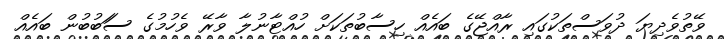
ވޭތުވެދިޔަ ދުވަސްތަކުގައި ރާއްޖޭގެ ބައެއް ހިސާބުތަކަށް ހުއްޓާނުލާ ވާރޭ ވެހުމުގެ ސަަބުބުން ބައެއް